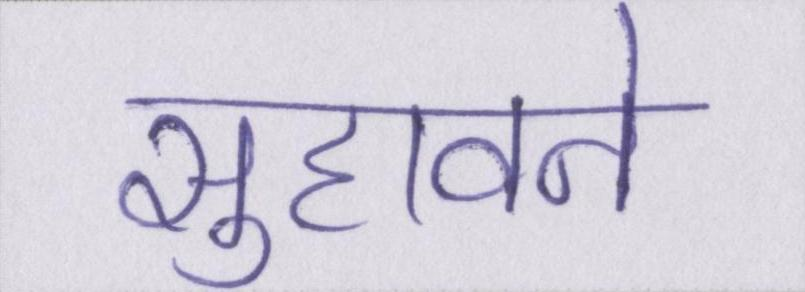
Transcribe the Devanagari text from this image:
सुहावने